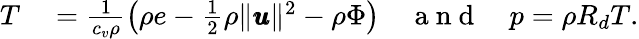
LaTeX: \begin{array}{rl}{T}&{{}=\frac{1}{c_{v}\rho}\left(\rho e-\frac{1}{2}\rho\| \pmb{u}\| ^{2}-\rho\Phi\right)\quad\mathrm{~a~n~d~}\quad p=\rho R_{d}T.}\end{array}